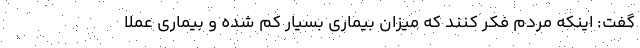
گفت: اینکه مردم فکر کنند که میزان بیماری بسیار کم شده و بیماری عملا